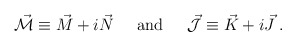
\begin{align*}\vec{\cal M} \equiv \vec{M} +i\vec{N} \hspace{.6cm} \mbox{and}\hspace{.6cm} \vec{\cal J} \equiv \vec{K} +i\vec{J} \; .\end{align*}